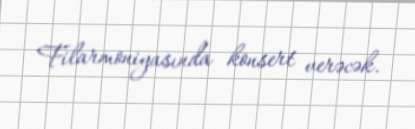
Filarmoniyasında konsert verəcək.